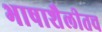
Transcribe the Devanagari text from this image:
भाषाशैलीतच